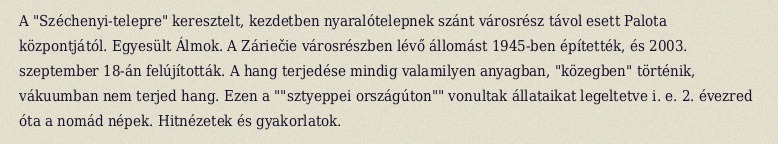
A "Széchenyi-telepre" keresztelt, kezdetben nyaralótelepnek szánt városrész távol esett Palota központjától. Egyesült Álmok. A Záriečie városrészben lévő állomást 1945-ben építették, és 2003. szeptember 18-án felújították. A hang terjedése mindig valamilyen anyagban, "közegben" történik, vákuumban nem terjed hang. Ezen a ""sztyeppei országúton"" vonultak állataikat legeltetve i. e. 2. évezred óta a nomád népek. Hitnézetek és gyakorlatok.